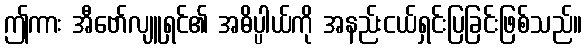
ဤကား အီဗော်လျူရှင်၏ အဓိပ္ပါယ်ကို အနည်းငယ်ရှင်းပြခြင်းဖြစ်သည်။